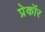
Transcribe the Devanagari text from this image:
प्रेकॉर